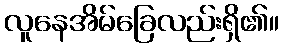
လူနေအိမ်ခြေလည်းရှိ၏။